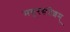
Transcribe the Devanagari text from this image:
मयूरसंदेशम्